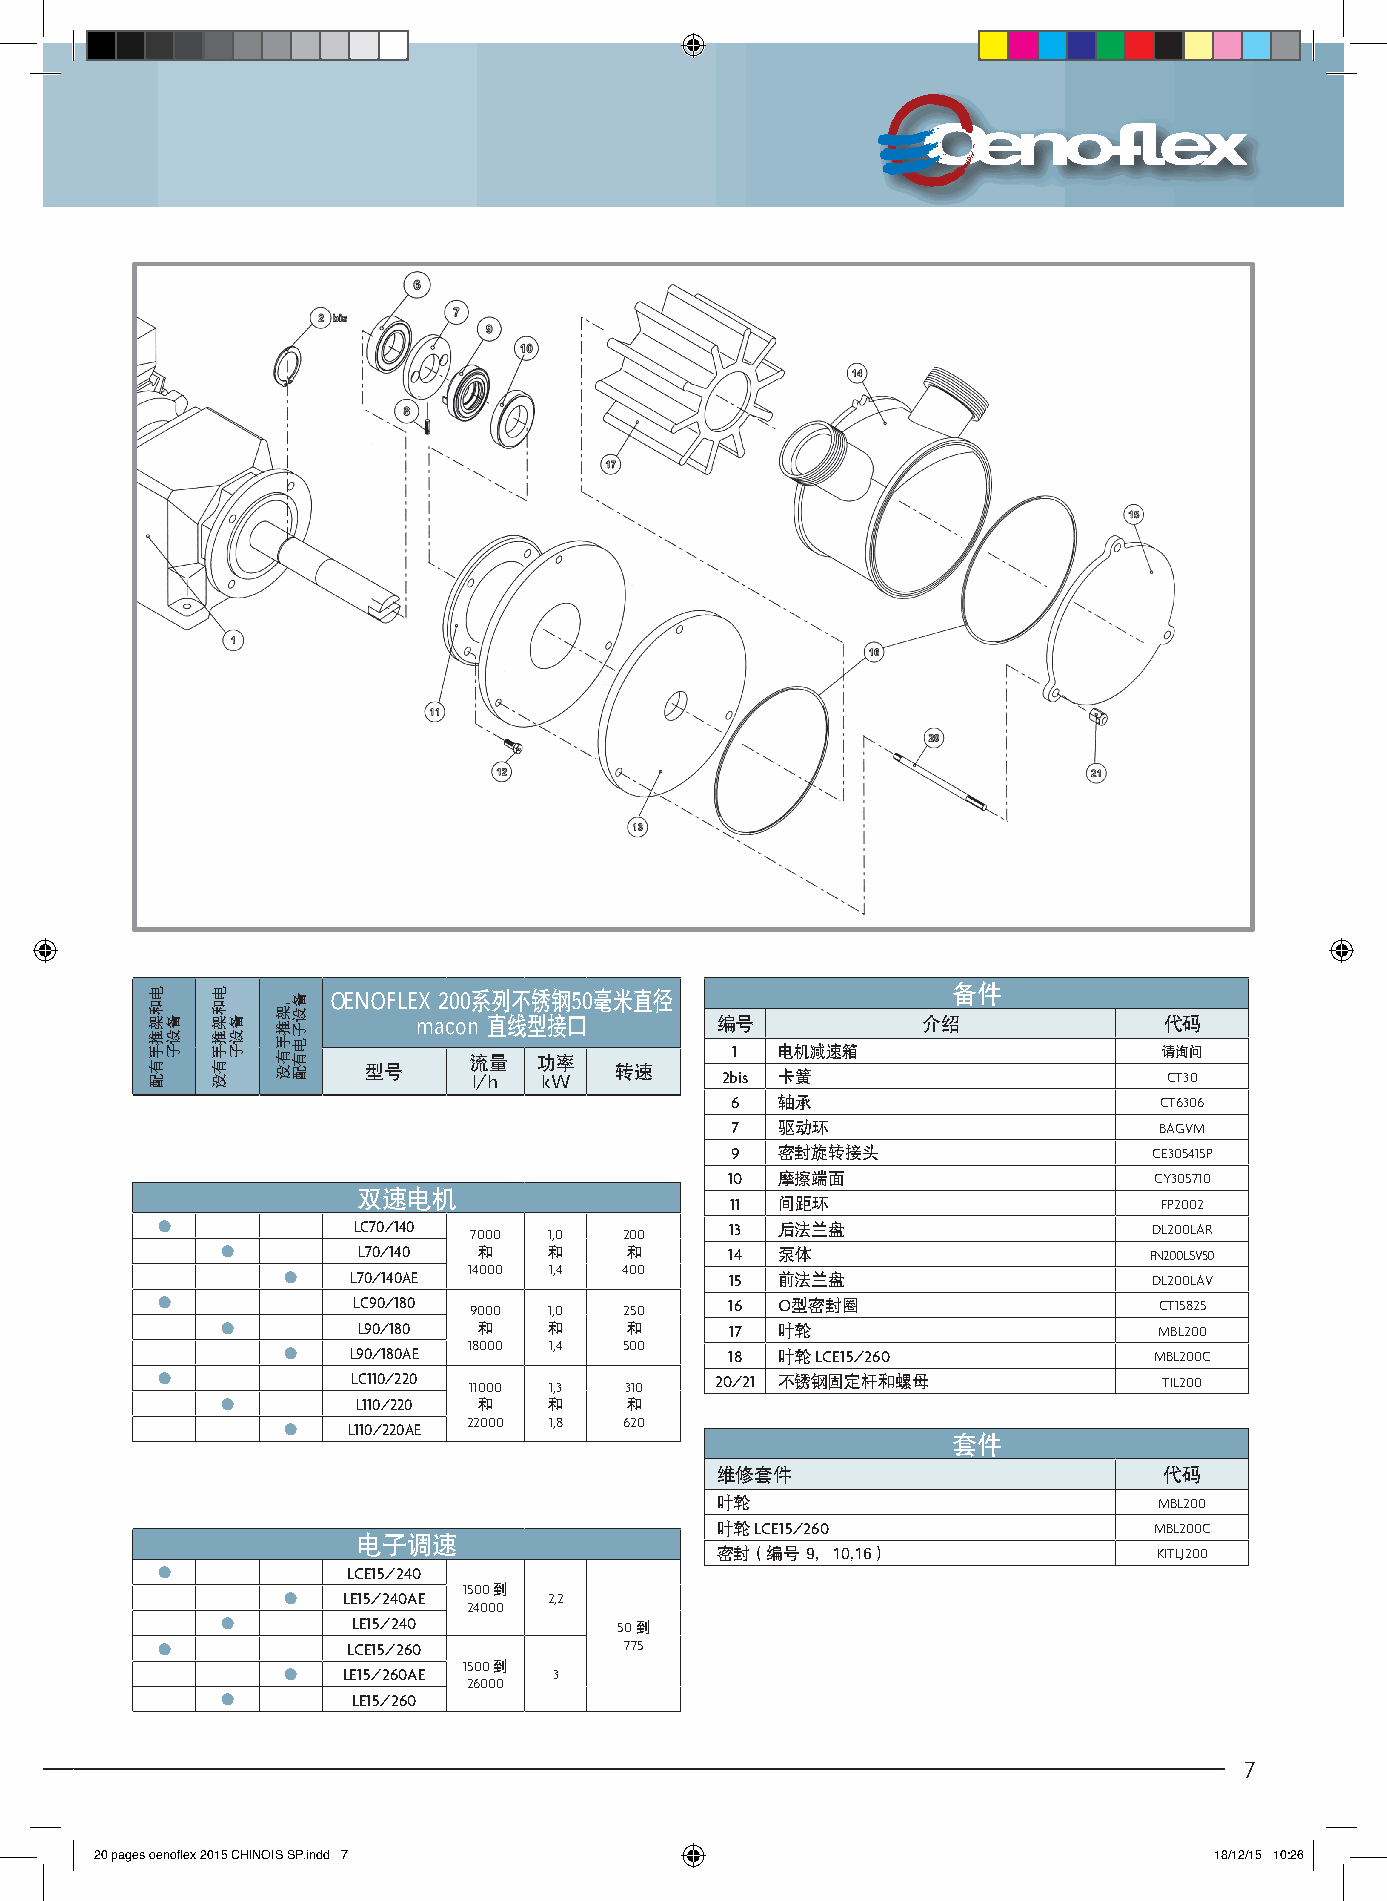
备件 OENOFLEX 200系列不锈钢50毫米直径
 macon 直线型接口        编号            介绍              代码
 1   电机减速箱                    请询问
 流量   功率
 型号     l/h  kW   转速     2bis 卡簧                      CT30
 6   轴承                       CT6306
 7   驱动环                      BAGVM
 9   密封旋转接头                  CE305415P
 10  摩擦端面                    CY305710
 双速电机
 11  间距环                      FP2002
 ●            LC70/140 7000 1,0 200    13  后法兰盘                    DL200LAR
 ●        L70/140 和   和    和      14  泵体                      FN200LSV50
 ●   L70/140AE 14000 1,4 400  15  前法兰盘                    DL200LAV
 ●            LC90/180 9000 1,0 250    16  O型密封圈                    CT15825
 ●        L90/180 和   和    和      17  叶轮                       MBL200
 ●   L90/180AE 18000 1,4 500  18  叶轮 LCE15/260            MBL200C
 ●            LC110/220 11000 1,3 310 20/21 不锈钢固定杆和螺母               TIL200
 ●        L110/220 和  和    和
 ●   L110/220AE 22000 1,8 620
 套件
 维修套件                          代码
 叶轮                            MBL200
 叶轮 LCE15/260                 MBL200C
 电子调速
 密封（编号 9，10,16）                KITLJ200
 ●            LCE15/240
 ●   LE15/240AE
 1500 到
 2,2
 24000
 ●       LE15/240          50 到
 ●            LCE15/260         775
 ●   LE15/260AE
 1500 到
 3
 26000
 ●       LE15/260
 7
 20 pages oenoflex 2015 CHINOIS SP.indd 7                                  18/12/15 10:26
 电和架推手有配
 备设子
 电和架推手有没
 备设子
 ，架推手有没 备设子电有配